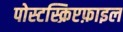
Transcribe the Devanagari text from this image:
पोस्टस्क्रिप्टफ़ाइल